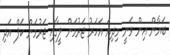
ބަޔާން އިން ވަނީ މިދިޔަ އަހަރު ޖަރުމަން ލީގާއި ޖަރުމަން ކަޕް އަދި